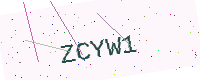
Text: ZCYW1